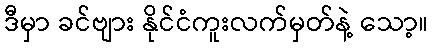
ဒီမှာ ခင်ဗျား နိုင်ငံကူးလက်မှတ်နဲ့ သော့။